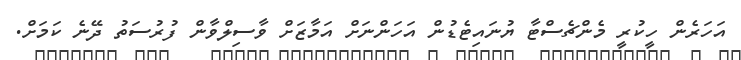
އަހަރެން ހީކުރީ މެންޗެސްޓާ ޔުނައިޓެޑުން އަހަންނަށް އަމާޒަށް ވާސިލްވާން ފުރުސަތު ދޭނެ ކަމަށް.